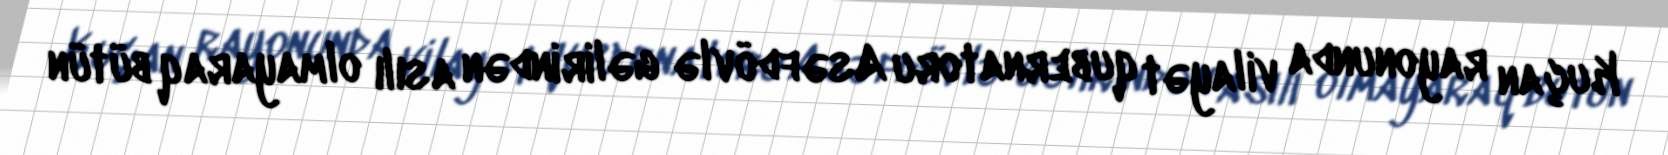
Kuçan rayonunda vilayət qubernatoru Asəfdövlə gəlirindən asılı olmayaraq bütün